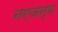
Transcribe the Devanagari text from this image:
नएजन्म